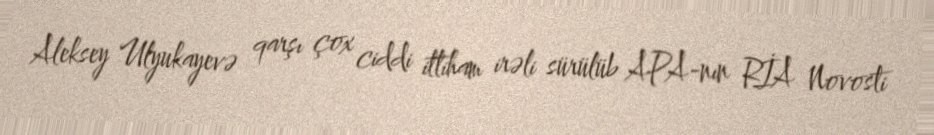
Aleksey Ulyukayevə qarşı çox ciddi ittiham irəli sürülüb APA-nın RİA Novosti